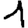
Digit: 1